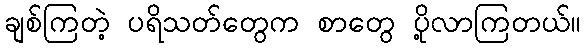
ချစ်ကြတဲ့ ပရိသတ်တွေက စာတွေ ပို့လာကြတယ်။